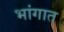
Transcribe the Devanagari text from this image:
भांगात